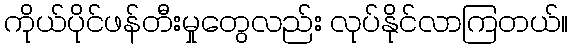
ကိုယ်ပိုင်ဖန်တီးမှုတွေလည်း လုပ်နိုင်လာကြတယ်။